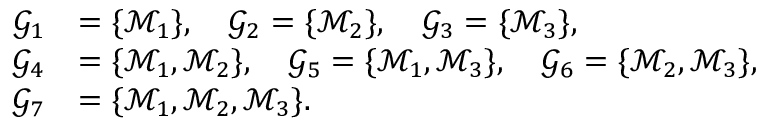
\begin{array} { r l } { \mathcal { G } _ { 1 } } & { = \{ \mathcal { M } _ { 1 } \} , \quad \mathcal { G } _ { 2 } = \{ \mathcal { M } _ { 2 } \} , \quad \mathcal { G } _ { 3 } = \{ \mathcal { M } _ { 3 } \} , } \\ { \mathcal { G } _ { 4 } } & { = \{ \mathcal { M } _ { 1 } , \mathcal { M } _ { 2 } \} , \quad \mathcal { G } _ { 5 } = \{ \mathcal { M } _ { 1 } , \mathcal { M } _ { 3 } \} , \quad \mathcal { G } _ { 6 } = \{ \mathcal { M } _ { 2 } , \mathcal { M } _ { 3 } \} , } \\ { \mathcal { G } _ { 7 } } & { = \{ \mathcal { M } _ { 1 } , \mathcal { M } _ { 2 } , \mathcal { M } _ { 3 } \} . } \end{array}